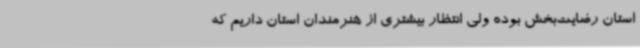
استان رضایت‌بخش بوده ولی انتظار بیشتری از هنرمندان استان داریم که